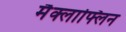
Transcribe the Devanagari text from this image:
मैक्लाफ्लिन